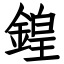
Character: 鍠